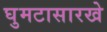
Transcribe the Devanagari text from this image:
घुमटासारखे